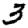
Digit: 3